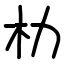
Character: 朸